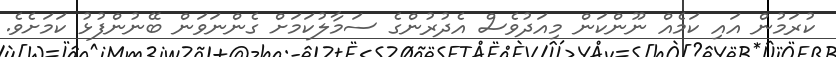
ކުރަމުން އައި ކަމެއް ނޫންކަން މިއަދުވެސް އެދުރުންގެ ސަމާލުކަމަށް ގެންނަވަން ބޭނުންފުޅު ކަމަށެވެ.